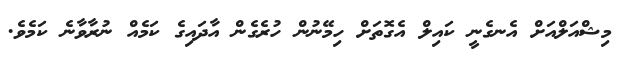
މިޝްއަލްއަށް އެނގެނީ ކައިލް އެގޮތަށް ހިމޭނުން ހުރެގެން އާދައިގެ ކަމެއް ނުރާވާނެ ކަމެވެ.